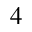
^ 4